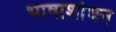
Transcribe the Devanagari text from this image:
भाषाशोधन